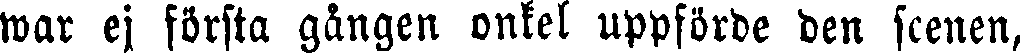
war ej första gången onkel uppförde den scenen,